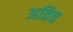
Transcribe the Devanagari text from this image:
अतित